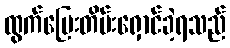
ထွက်ပြေးတိမ်းရှောင်ခဲ့ရသည်